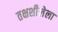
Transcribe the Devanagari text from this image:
तक्षशीलेला